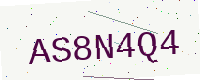
Text: AS8N4Q4